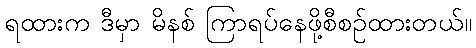
ရထားက ဒီမှာ မိနစ် ကြာရပ်နေဖို့စီစဉ်ထားတယ်။